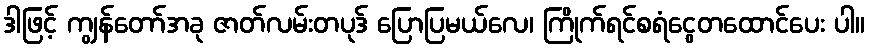
ဒါဖြင့် ကျွန်တော်အခု ဇာတ်လမ်းတပုဒ် ပြောပြမယ်လေ၊ ကြိုက်ရင်စရံငွေတထောင်ပေး ပါ။